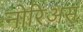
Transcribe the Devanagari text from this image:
नोरिअस